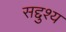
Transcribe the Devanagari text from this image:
सद्दुश्य